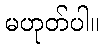
မဟုတ်ပါ။